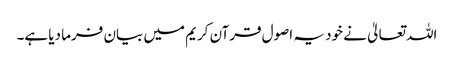
اللہ تعالیٰ نے خود یہ اصول قرآن کریم میں بیان فرما دیا ہے۔